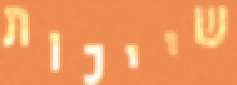
שייכות